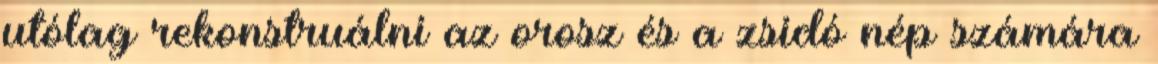
utólag rekonstruálni az orosz és a zsidó nép számára